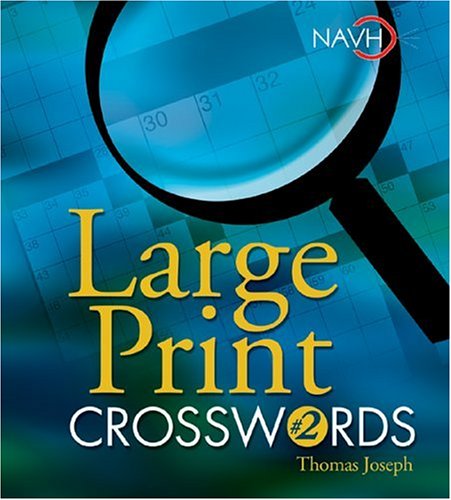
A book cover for Large Print Crosswords #2; Thomas Joseph; Humor & Entertainment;